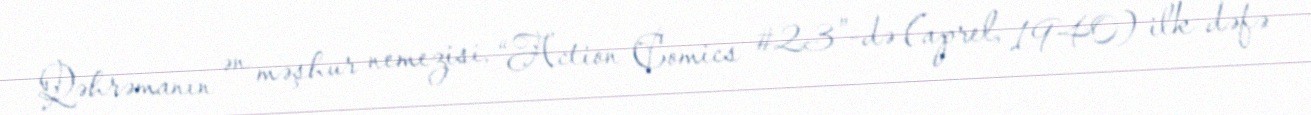
Qəhrəmanın ən məşhur nemezisi, “Action Comics #23”-də (aprel, 1940) ilk dəfə